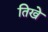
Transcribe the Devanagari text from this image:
तिखे